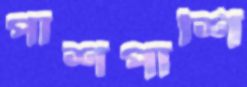
পাশপাশি